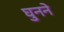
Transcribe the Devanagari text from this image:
घुनने